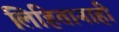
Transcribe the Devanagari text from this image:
लिहितानाही